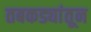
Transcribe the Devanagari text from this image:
तबकड्यांतून